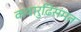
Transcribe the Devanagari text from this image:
कथारुढ़िसंमत